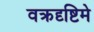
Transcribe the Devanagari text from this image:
वक्रदृष्टिमे